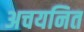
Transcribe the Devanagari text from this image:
अचयनित